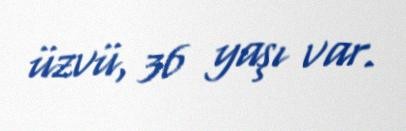
üzvü, 36 yaşı var.